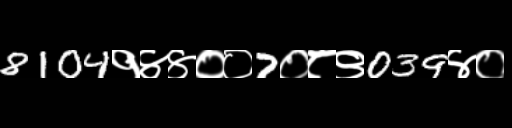
Text: 8104१४४००7०८९039४०